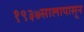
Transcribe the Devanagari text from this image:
१९३७सालापासून